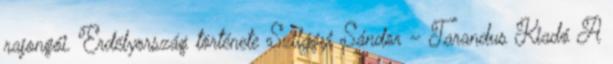
rajongói. Erdélyország története Szilágyi Sándor – Tarandus Kiadó A